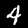
Label: 4